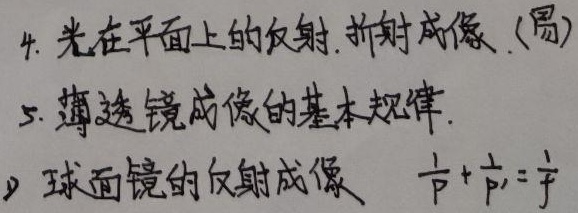
4. 光在平面上的反射、折射成像(易)
5. 薄透镜成像的基本规律。
6. 球面镜的反射成像 $\frac{1}{p}+\frac{1}{p'}=\frac{1}{f}$